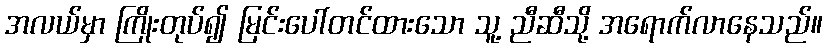
အလယ်မှာ ကြိုးတုပ်၍ မြင်းပေါ်တင်ထားသော သူ့ ညီဆီသို့ အရောက်လာနေသည်။